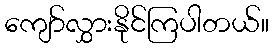
ကျော်လွှားနိုင်ကြပါတယ်။